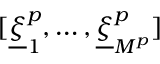
[ \underline { { \xi } } _ { 1 } ^ { p } , \dots , \underline { { \xi } } _ { M ^ { p } } ^ { p } ]